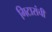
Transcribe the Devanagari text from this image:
गिटारांची